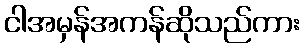
ငါအမှန်အကန်ဆိုသည်ကား